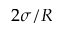
2 \sigma / R